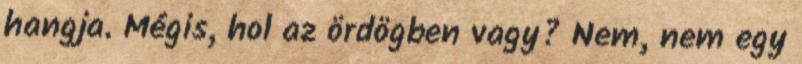
hangja. Mégis, hol az ördögben vagy? Nem, nem egy